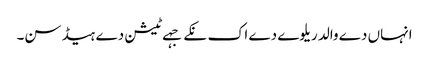
انہاں دے والد ریلوے دے اک نکے جہے ٹیشن دے ہیڈ سن۔